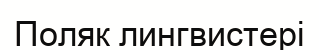
Поляк лингвистері